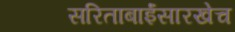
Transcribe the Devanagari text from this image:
सरिताबाईंसारखेच